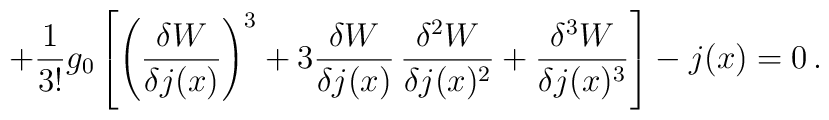
+ \frac{1}{3!} g_0 \left[   \left( \frac{\delta W}{\delta j(x)} \right)^3   + 3 \frac{\delta W}{\delta j(x)} \, \frac{\delta^2 W}{\delta j(x)^2}   + \frac{\delta^3 W}{\delta j(x)^3} \right]- j(x) = 0\,.